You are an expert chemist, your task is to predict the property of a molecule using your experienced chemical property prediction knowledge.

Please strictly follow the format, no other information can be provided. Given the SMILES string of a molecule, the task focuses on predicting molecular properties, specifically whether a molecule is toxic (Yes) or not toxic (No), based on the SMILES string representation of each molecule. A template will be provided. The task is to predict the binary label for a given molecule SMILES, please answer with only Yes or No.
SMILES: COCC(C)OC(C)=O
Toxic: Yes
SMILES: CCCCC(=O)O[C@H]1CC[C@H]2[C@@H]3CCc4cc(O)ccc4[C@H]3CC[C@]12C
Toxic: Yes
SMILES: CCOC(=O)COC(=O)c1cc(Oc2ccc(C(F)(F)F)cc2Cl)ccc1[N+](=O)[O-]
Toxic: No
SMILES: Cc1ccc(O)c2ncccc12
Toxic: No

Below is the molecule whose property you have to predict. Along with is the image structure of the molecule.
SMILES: CC[C@H](c1ccc(O)cc1)[C@@H](CC)c1ccc(O)cc1
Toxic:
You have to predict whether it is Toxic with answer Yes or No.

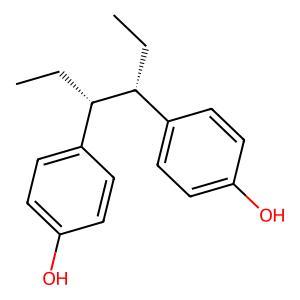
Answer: No